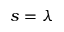
s = \lambda